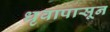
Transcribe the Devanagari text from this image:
धृवापासून